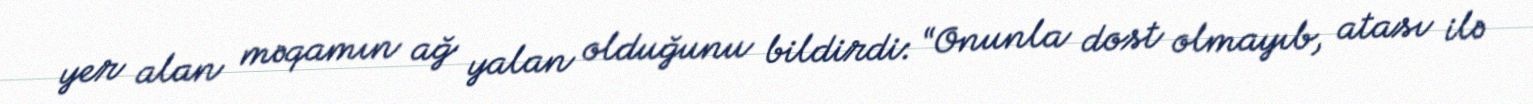
yer alan məqamın ağ yalan olduğunu bildirdi: “Onunla dost olmayıb, atası ilə